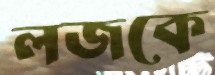
লজকে